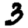
Digit: 3